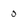
Character: o